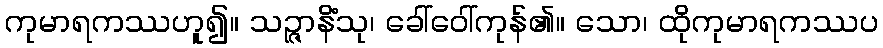
ကုမာရကဿဟူ၍။ သဉ္ဇာနိံသု၊ ခေါ်ဝေါ်ကုန်၏။ သော၊ ထိုကုမာရကဿပ